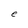
Character: e